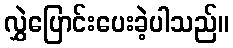
လွှဲပြောင်းပေးခဲ့ပါသည်။